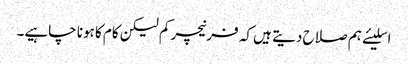
اسلیئے ہم صلاح دیتے ہیں کہ فرنیچر کم لیکن کام کا ہونا چاہیے۔